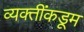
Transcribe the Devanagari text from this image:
व्यक्तींकडूम